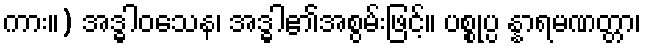
ကား။) အဒ္ဓါဝသေန၊ အဒ္ဓါ၏အစွမ်းဖြင့်။ ပစ္စုပ္ပ န္နာရမဏတ္တာ၊